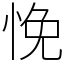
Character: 悗